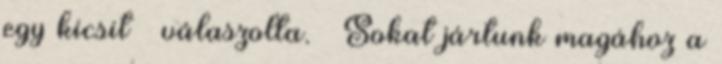
egy kicsit – válaszolta. – Sokat jártunk magához a